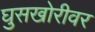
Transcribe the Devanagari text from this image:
घुसखोरीवर